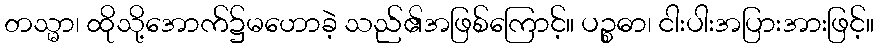
တသ္မာ၊ ထိုသို့အောက်၌မဟောခဲ့ သည်၏အဖြစ်ကြောင့်။ ပဉ္စဓာ၊ ငါးပါးအပြားအားဖြင့်။